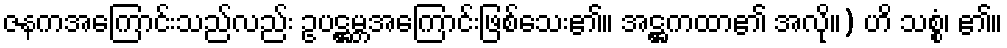
ဇနကအကြောင်းသည်လည်း ဥပဋ္ဌမ္ဘအကြောင်းဖြစ်သေး၏။ အဋ္ဌကထာ၏ အလို။) ဟိ သစ္စံ၊ ၏။